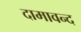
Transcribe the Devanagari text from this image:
दामावन्द